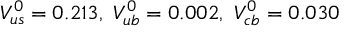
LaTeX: V _ { u s } ^ { 0 } = 0 . 2 1 3 , ~ V _ { u b } ^ { 0 } = 0 . 0 0 2 , ~ V _ { c b } ^ { 0 } = 0 . 0 3 0